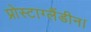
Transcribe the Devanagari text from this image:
प्रोस्टाग्लैंडीन।